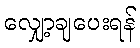
လျှော့ချပေးရန်